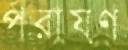
পরায়ণ